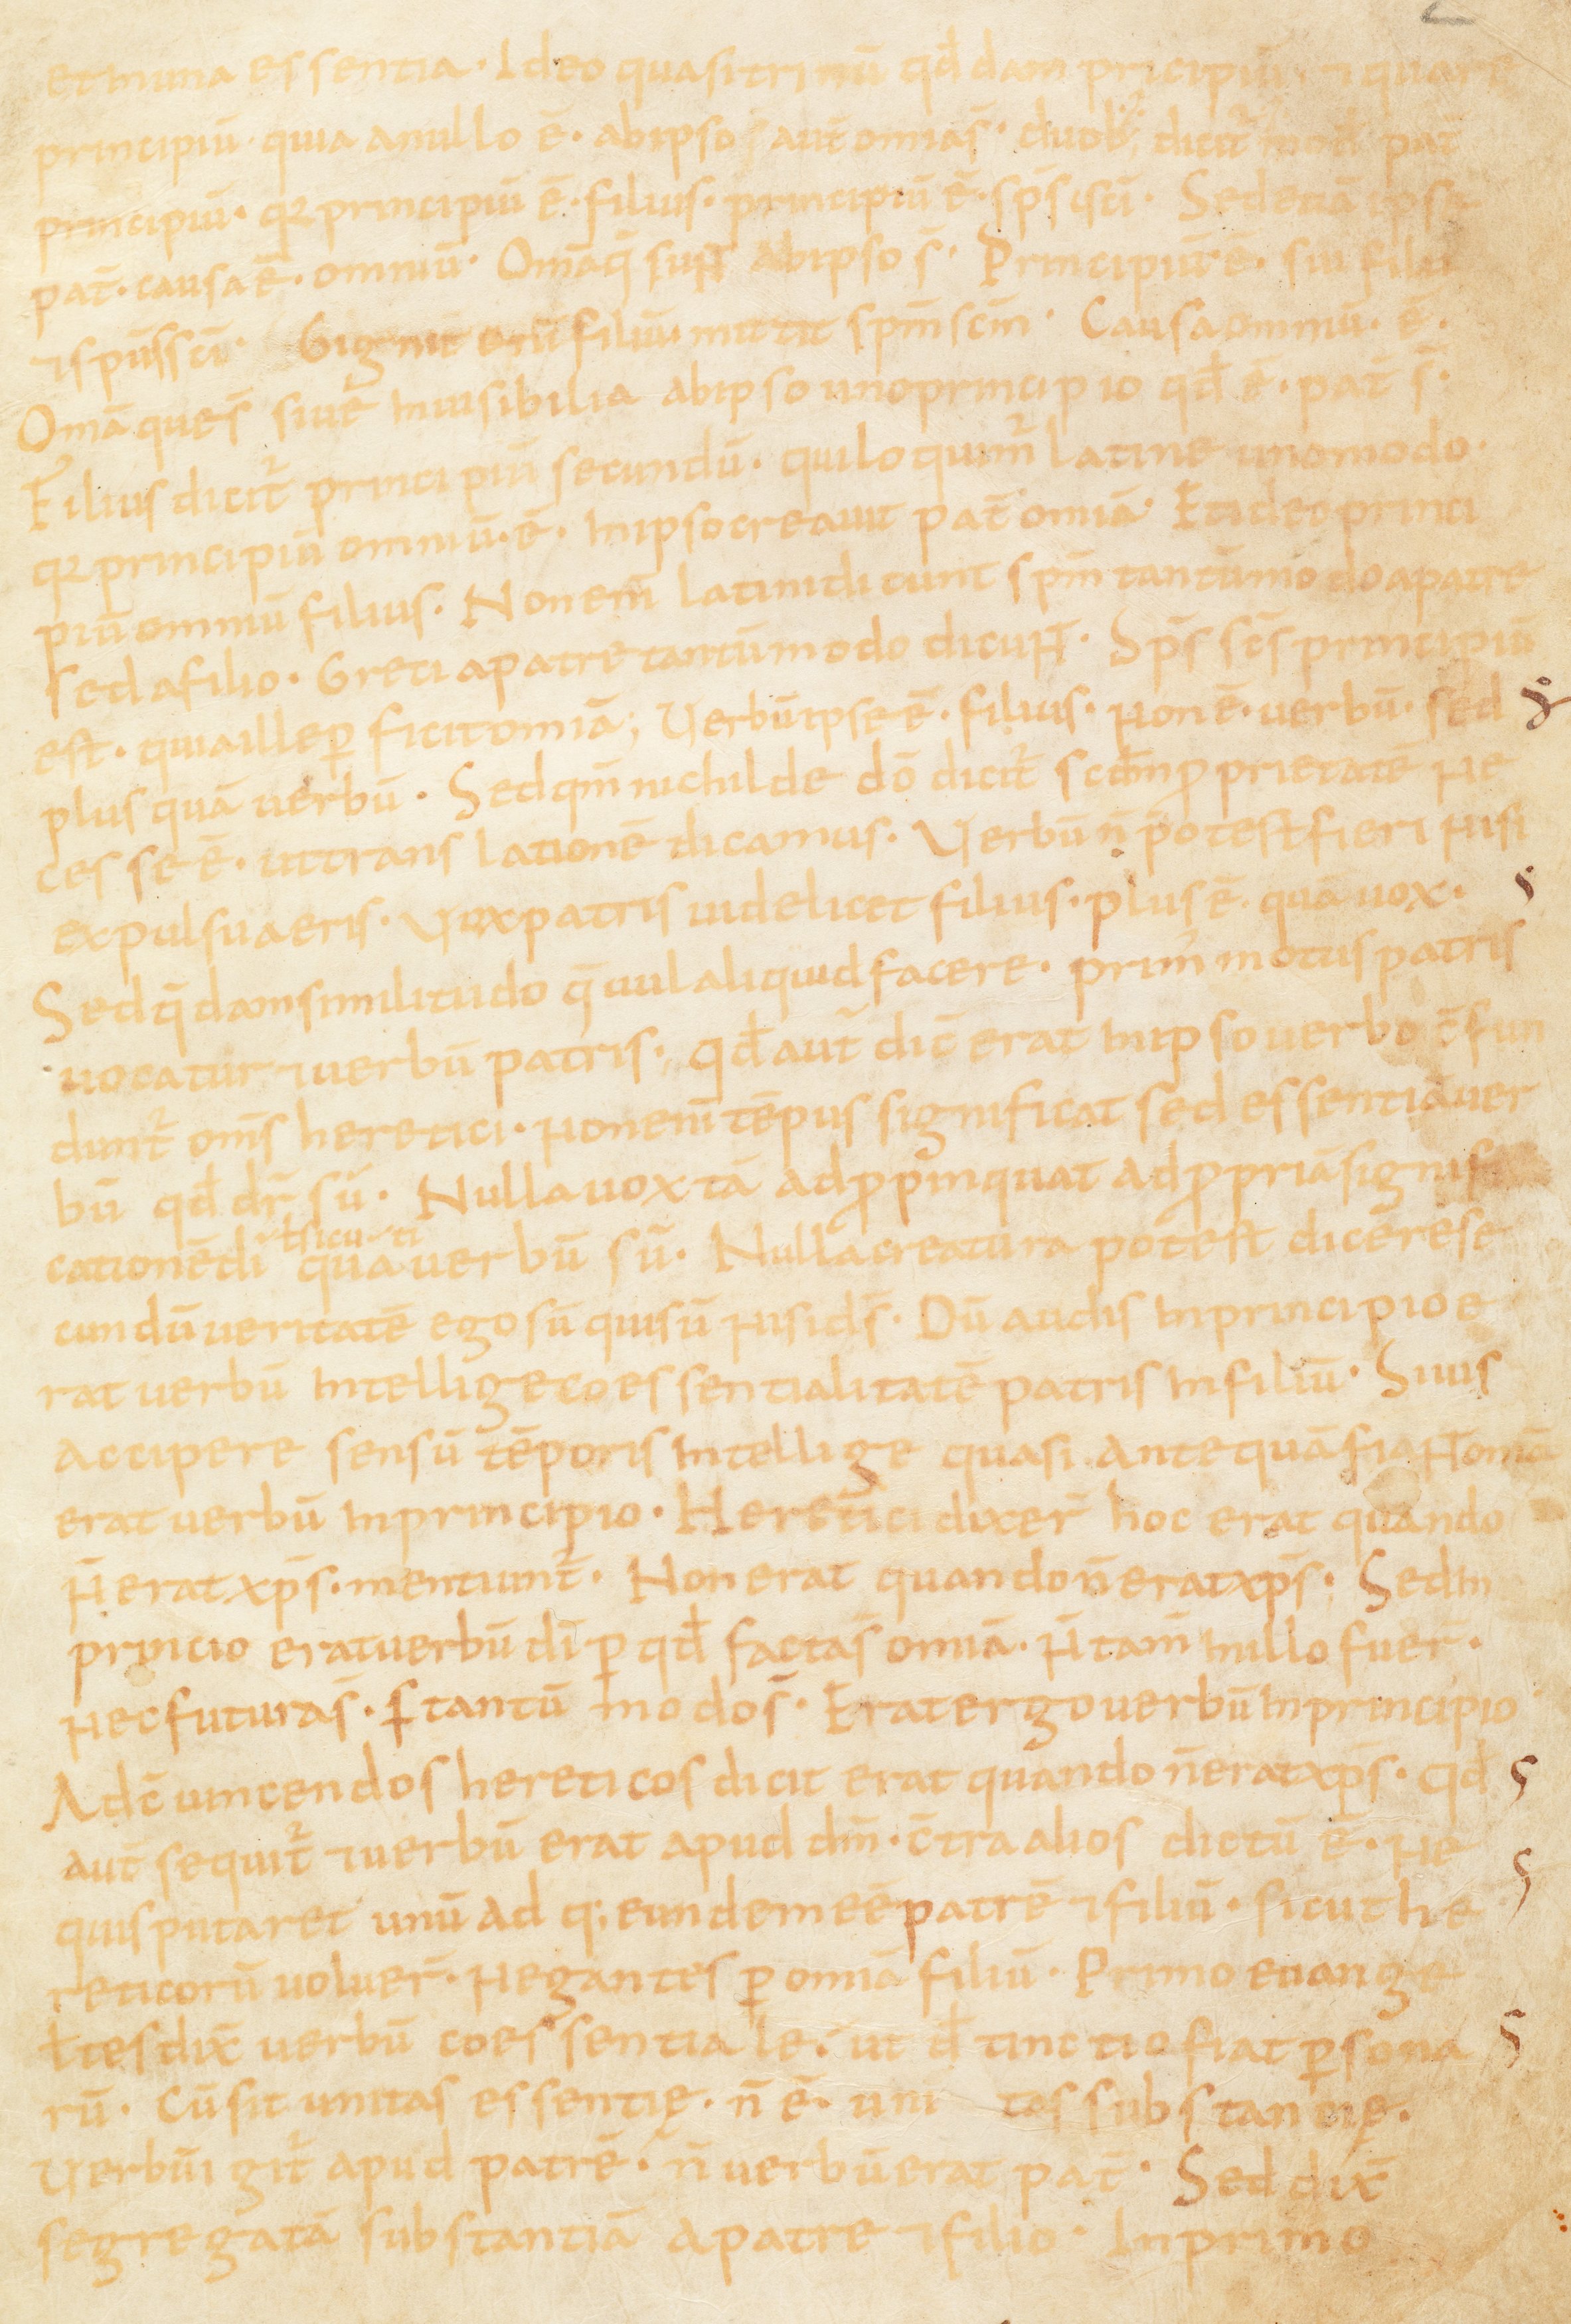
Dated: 867–949